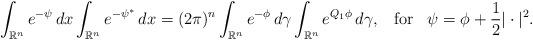
LaTeX: \begin{align*}\int_{\mathbb{R}^n} e^{-\psi}\, dx \int_{\mathbb{R}^n} e^{-\psi^*}\, dx = (2\pi)^n \int_{\mathbb{R}^n} e^{-\phi}\, d\gamma \int_{\mathbb{R}^n} e^{Q_1 \phi}\, d\gamma,\;\;\;{\rm for}\;\;\; \psi = \phi + \frac12|\cdot|^2. \end{align*}